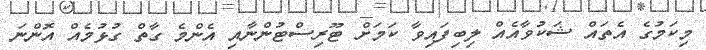
މިކަމުގެ އެތައް ޝަކުވާއެއް ލިބިފައިވާ ކަމަށް ޓޫރިސްޓުންނާއި އެންމެ ގާތް ގުޅުމެއް އޮންނަ